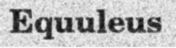
Equuleus